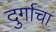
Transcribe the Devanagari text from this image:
दुर्गाचा